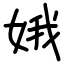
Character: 娥